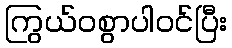
ကြွယ်ဝစွာပါဝင်ပြီး